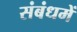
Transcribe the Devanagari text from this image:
संबंधमें